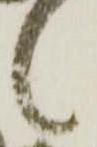
候